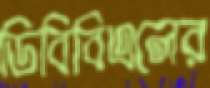
ডিবিবিএলের